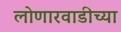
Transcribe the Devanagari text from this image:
लोणारवाडीच्या